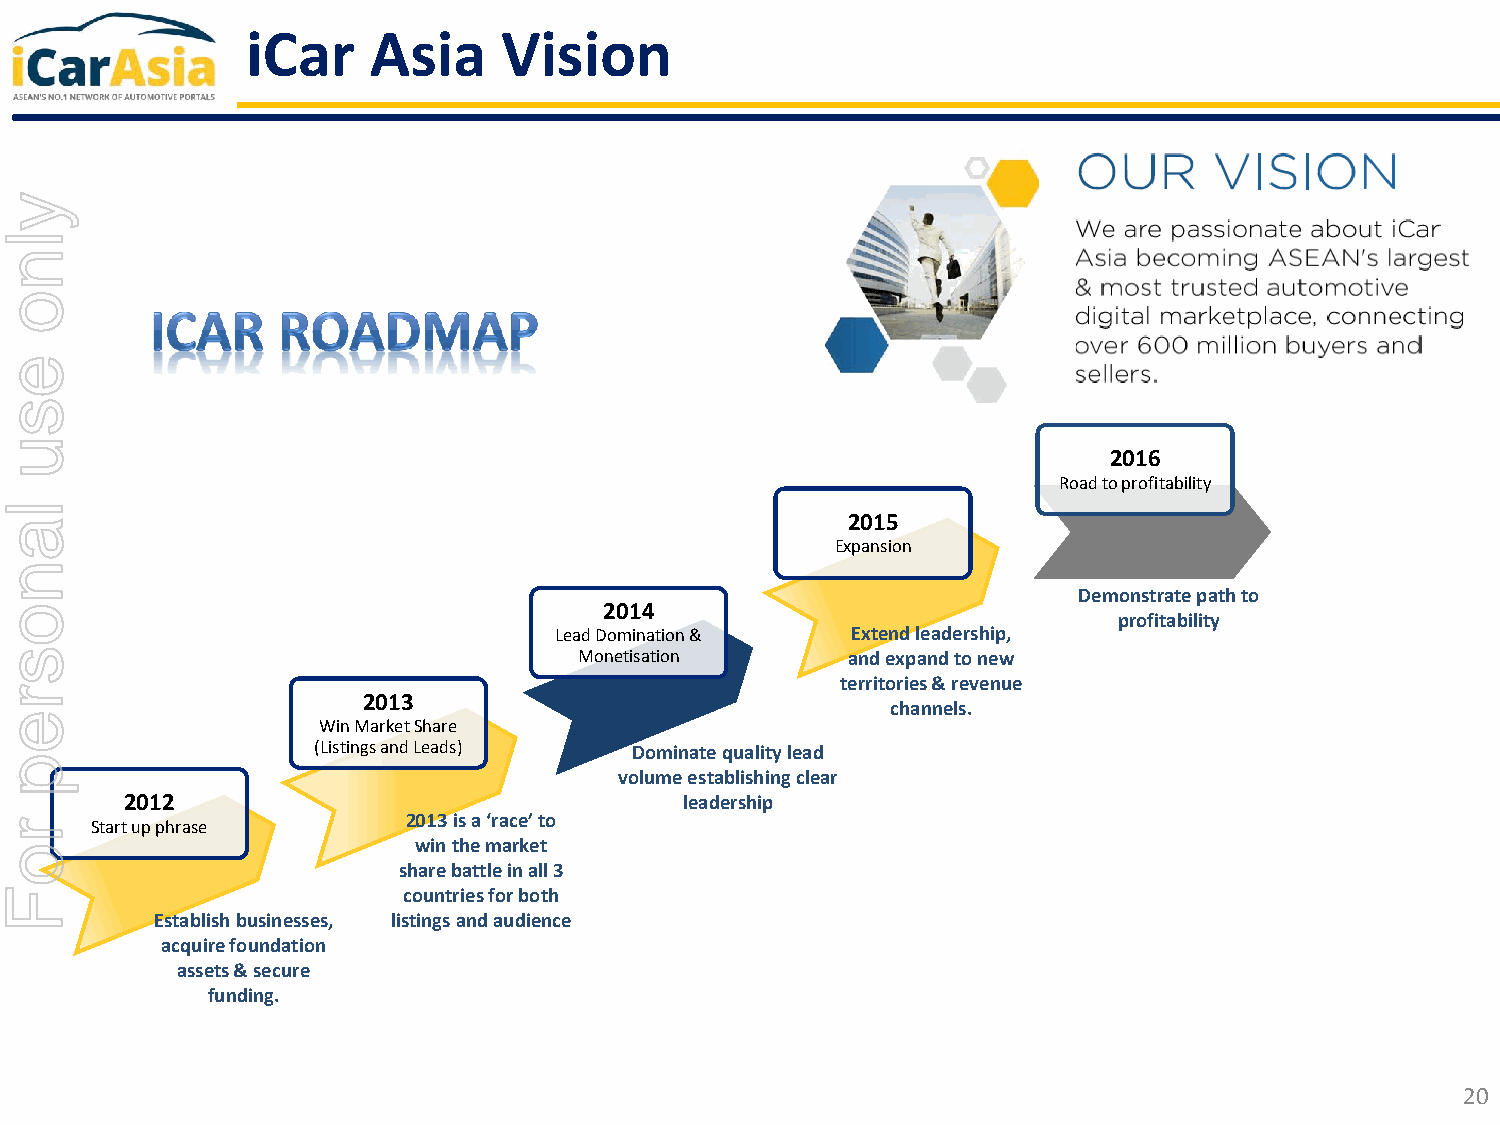
iCar    Asia     Vision
 y
 l
 n
 o
 e
 s
 u
 2016
 Road to profitability
 l
 2015
 a
 Expansion
 n
 Demonstrate path to
 o                                       2014
 profitability
 Lead Domination &  Extend leadership,
 s                                     Monetisation      and expand to new
 territories & revenue
 r
 2013
 channels.
 e
 Win Market Share
 (Listings and Leads) Dominate quality lead
 p
 volume establishing clear
 2012                                 leadership
 r     Start up phrase      2013 is a ‘race’ to
 win the market
 o
 share battle in all 3
 F                          countries for both
 Establish businesses, listings and audience
 acquire foundation
 assets & secure
 funding.
 20